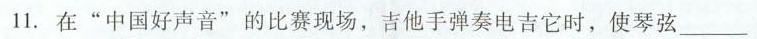
11.在”中国好声音”的比赛现场，吉他手弹奏电吉它时，使琴弦___